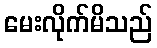
မေးလိုက်မိသည်